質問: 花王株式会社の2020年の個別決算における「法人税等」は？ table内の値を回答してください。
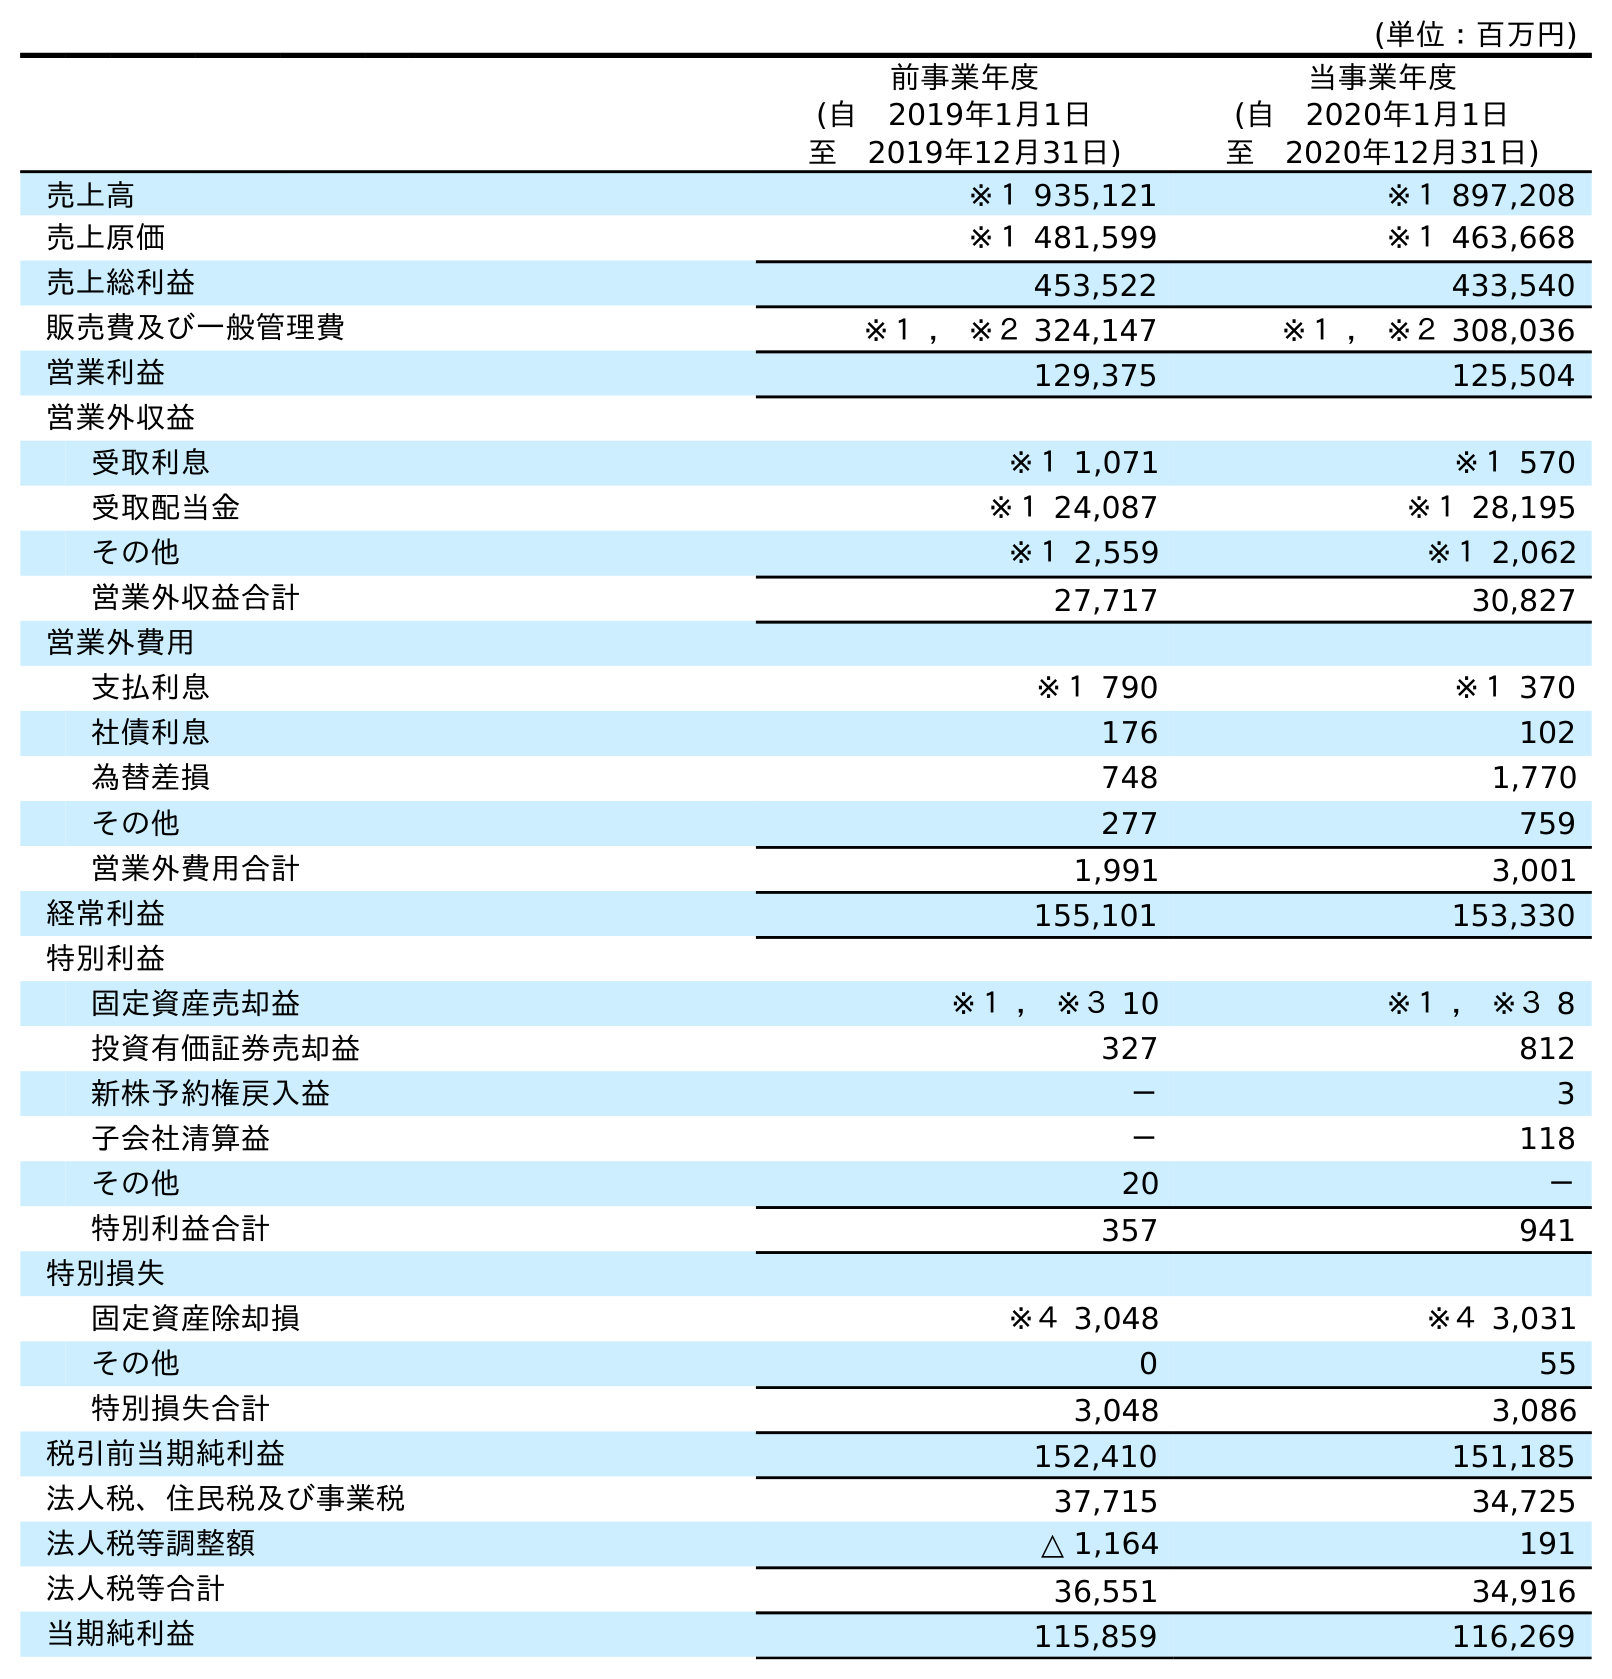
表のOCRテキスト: (単位：百万円) 前事業年度 (自 2019年1月1日 至 2019年12月31日) 当事業年度 (自 2020年1月1日 至 2020年12月31日) 売上高 ※１ 935,121 ※１ 897,208 売上原価 ※１ 481,599 ※１ 463,668 売上総利益 453,522 433,540 販売費及び一般管理費 ※１ ， ※２ 324,147 ※１ ， ※２ 308,036 営業利益 129,375 125,504 営業外収益 受取利息 ※１ 1,071 ※１ 570 受取配当金 ※１ 24,087 ※１ 28,195 その他 ※１ 2,559 ※１ 2,062 営業外収益合計 27,717 30,827 営業外費用 支払利息 ※１ 790 ※１ 370 社債利息 176 102 為替差損 748 1,770 その他 277 759 営業外費用合計 1,991 3,001 経常利益 155,101 153,330 特別利益 固定資産売却益 ※１ ， ※３ 10 ※１ ， ※３ 8 投資有価証券売却益 327 812 新株予約権戻入益 － 3 子会社清算益 － 118 その他 20 － 特別利益合計 357 941 特別損失 固定資産除却損 ※４ 3,048 ※４ 3,031 その他 0 55 特別損失合計 3,048 3,086 税引前当期純利益 152,410 151,185 法人税、住民税及び事業税 37,715 34,725 法人税等調整額 △ 1,164 191 法人税等合計 36,551 34,916 当期純利益 115,859 116,269
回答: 34,916